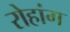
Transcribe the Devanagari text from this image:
रोहांग